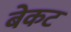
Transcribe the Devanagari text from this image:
बेकट